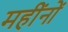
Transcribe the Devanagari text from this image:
महींनों